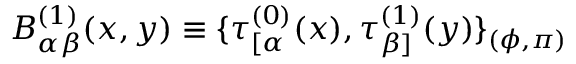
B _ { \alpha \beta } ^ { ( 1 ) } ( x , y ) \equiv \{ \tau _ { [ \alpha } ^ { ( 0 ) } ( x ) , \tau _ { \beta ] } ^ { ( 1 ) } ( y ) \} _ { ( \phi , \pi ) }